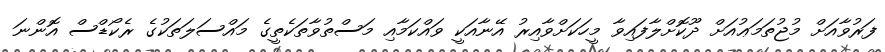
ފަރުވާއަށް މުޖުތަމަޢުއަށް ދޫކޮށްލާފައިވާ މީހަކަށްވާއިރު އޭނާއަކީ ވައްކަމާއި މަސްތުވާތަކެތީގެ މައްސަލަތަކުގެ ރެކޯޑްސް އޮންނަ